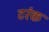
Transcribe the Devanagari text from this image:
टरंक